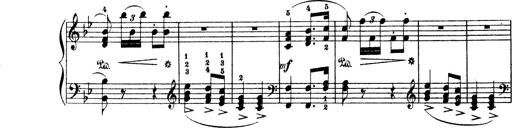
Title: Wagner-Liszt Album
Composer: Franz Liszt